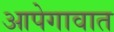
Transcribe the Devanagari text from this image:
आपेगावात